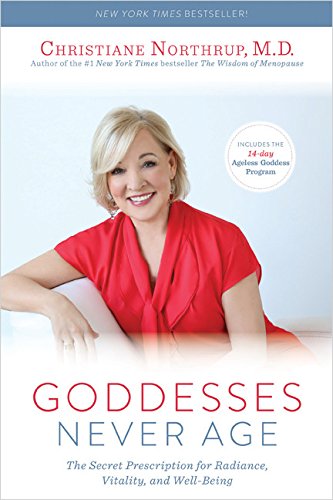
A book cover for Goddesses Never Age: The Secret Prescription for Radiance, Vitality, and Well-Being; Christiane Northrup M.D.; Health, Fitness & Dieting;